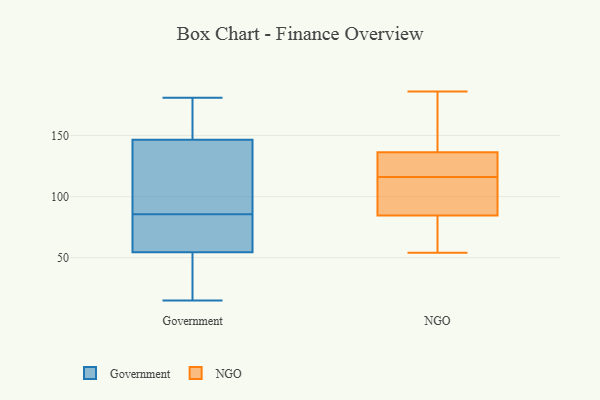
{"axis": {"x": "Population (Million)", "y": "Value"}, "legend": ["Government", "NGO"], "data": [{"x": "", "y": 90, "type": "Government"}, {"x": "", "y": 140, "type": "Government"}, {"x": "", "y": 178, "type": "Government"}, {"x": "", "y": 156, "type": "Government"}, {"x": "", "y": 15, "type": "Government"}, {"x": "", "y": 71, "type": "Government"}, {"x": "", "y": 52, "type": "Government"}, {"x": "", "y": 166, "type": "Government"}, {"x": "", "y": 149, "type": "Government"}, {"x": "", "y": 17, "type": "Government"}, {"x": "", "y": 66, "type": "Government"}, {"x": "", "y": 30, "type": "Government"}, {"x": "", "y": 181, "type": "Government"}, {"x": "", "y": 81, "type": "Government"}, {"x": "", "y": 57, "type": "Government"}, {"x": "", "y": 19, "type": "Government"}, {"x": "", "y": 107, "type": "Government"}, {"x": "", "y": 59, "type": "Government"}, {"x": "", "y": 144, "type": "Government"}, {"x": "", "y": 108, "type": "Government"}, {"x": "", "y": 55, "type": "NGO"}, {"x": "", "y": 89, "type": "NGO"}, {"x": "", "y": 116, "type": "NGO"}, {"x": "", "y": 90, "type": "NGO"}, {"x": "", "y": 100, "type": "NGO"}, {"x": "", "y": 54, "type": "NGO"}, {"x": "", "y": 121, "type": "NGO"}, {"x": "", "y": 126, "type": "NGO"}, {"x": "", "y": 164, "type": "NGO"}, {"x": "", "y": 186, "type": "NGO"}, {"x": "", "y": 168, "type": "NGO"}, {"x": "", "y": 127, "type": "NGO"}, {"x": "", "y": 71, "type": "NGO"}]}